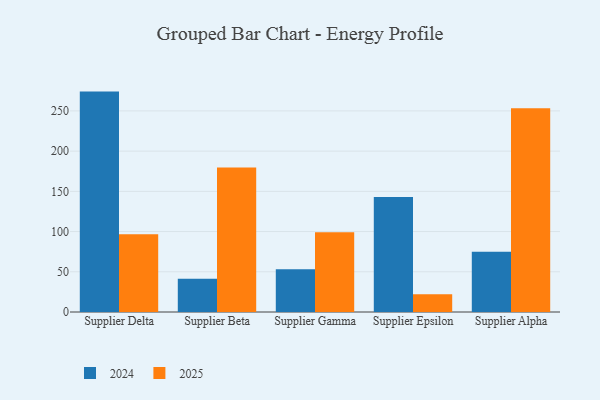
{"axis": {"x": "Supplier", "y": "Conversion Rate (%)"}, "legend": ["2024", "2025"], "data": [{"x": "Supplier Delta", "y": 96.7, "type": "2025"}, {"x": "Supplier Delta", "y": 274.0, "type": "2024"}, {"x": "Supplier Beta", "y": 179.7, "type": "2025"}, {"x": "Supplier Beta", "y": 41.2, "type": "2024"}, {"x": "Supplier Gamma", "y": 99.3, "type": "2025"}, {"x": "Supplier Gamma", "y": 53.2, "type": "2024"}, {"x": "Supplier Epsilon", "y": 22.2, "type": "2025"}, {"x": "Supplier Epsilon", "y": 142.9, "type": "2024"}, {"x": "Supplier Alpha", "y": 253.3, "type": "2025"}, {"x": "Supplier Alpha", "y": 74.9, "type": "2024"}]}